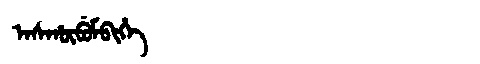
Manchu: ᠠᠰᡥᡡᠪᡠᠮᠪᡳᡥᡝ
Romanization: ASHŪBUMBIHE